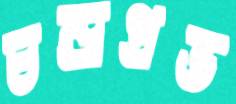
চন্দ্রপ্রভ